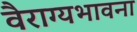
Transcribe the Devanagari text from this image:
वैराग्यभावना